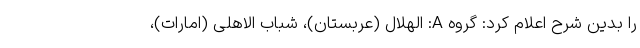
را بدین شرح اعلام کرد: گروه A: الهلال (عربستان)، شباب الاهلی (امارات)،